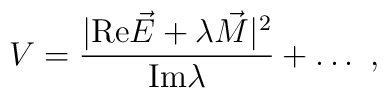
V= { | {\rm Re}\vec E + \lambda  \vec M|^2 \over {\rm Im} \lambda} + \dots \ ,